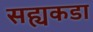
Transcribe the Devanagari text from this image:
सह्यकडा